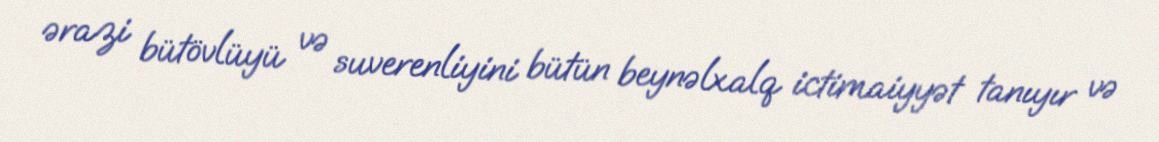
ərazi bütövlüyü və suverenliyini bütün beynəlxalq ictimaiyyət tanıyır və